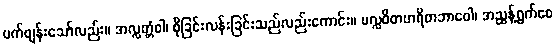
ပက်ဖျန်းသော်လည်း။ အလ္လတ္တံဝါ၊ စိုခြင်းလန်းခြင်းသည်လည်းကောင်း။ ပလ္လဝိတဟရိတဘာဝေါ၊ အညွန့်ရွက်ဝေ